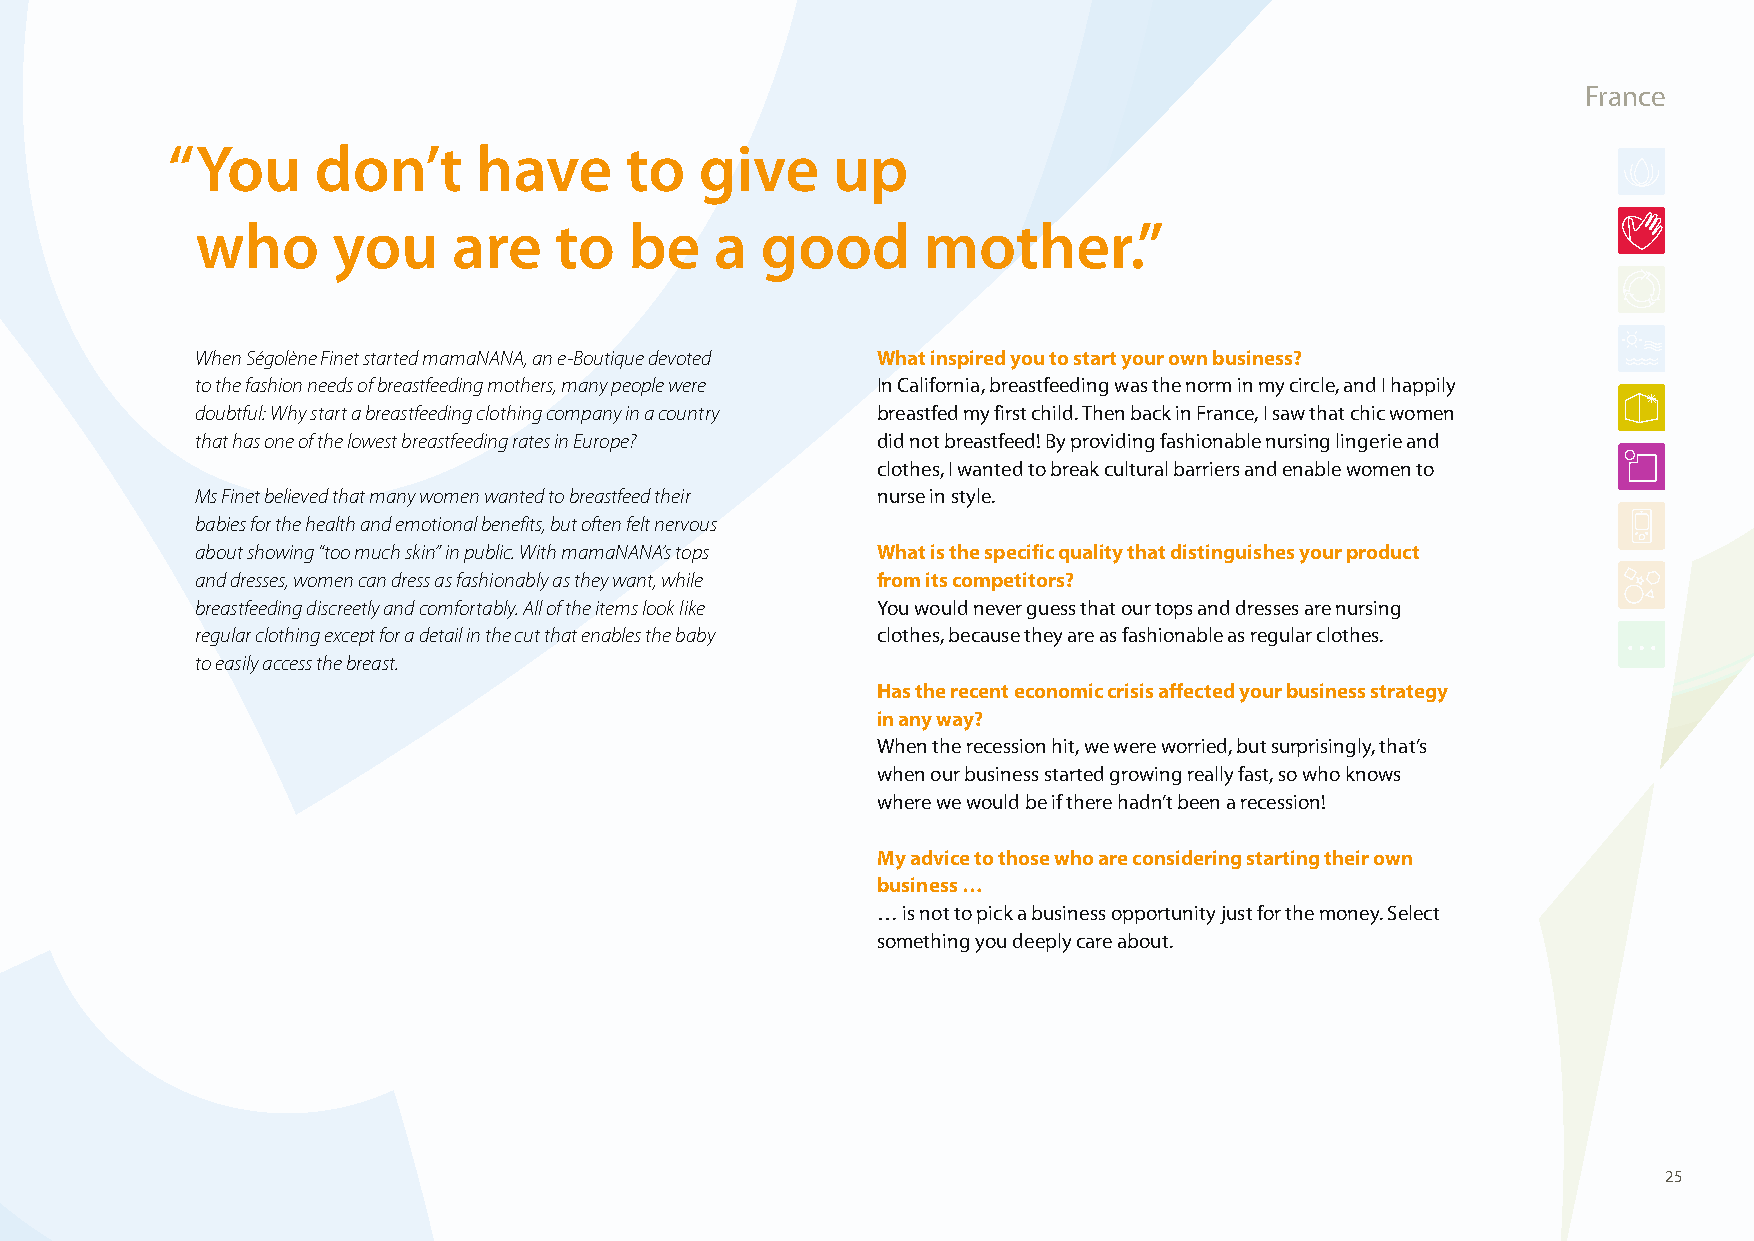
France
 “ You     don’t      have     to   give     up
 who      you     are    to   be   a  good       mother.”
 When Ségolène Finet started mamaNANA, an e-Boutique devoted What inspired you to start your own business?
 to the fashion needs of breastfeeding mothers, many people were In California, breastfeeding was the norm in my circle, and I happily
 doubtful: Why start a breastfeeding clothing company in a country breastfed my first child. Then back in France, I saw that chic women
 that has one of the lowest breastfeeding rates in Europe? did not breastfeed! By providing fashionable nursing lingerie and
 clothes, I wanted to break cultural barriers and enable women to
 Ms Finet believed that many women wanted to breastfeed their nurse in style.
 babies for the health and emotional benefits, but often felt nervous
 about showing “too much skin” in public. With mamaNANA’s tops What is the specific quality that distinguishes your product
 and dresses, women can dress as fashionably as they want, while from its competitors?
 breastfeeding discreetly and comfortably. All of the items look like You would never guess that our tops and dresses are nursing
 regular clothing except for a detail in the cut that enables the baby clothes, because they are as fashionable as regular clothes.
 to easily access the breast.
 Has the recent economic crisis affected your business strategy
 in any way?
 When the recession hit, we were worried, but surprisingly, that’s
 when our business started growing really fast, so who knows
 where we would be if there hadn’t been a recession!
 My advice to those who are considering starting their own
 business …
 … is not to pick a business opportunity just for the money. Select
 something you deeply care about.
 25
 100426_SMEweek_broch_A4quer_hw.indd 25                                                                   27.04.2010 9:12:42 Uhr